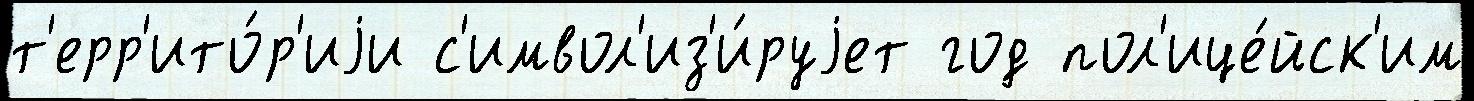
т'ерр'ито́р'иjи с'имвол'из'и́руjет год пол'ице́йск'им